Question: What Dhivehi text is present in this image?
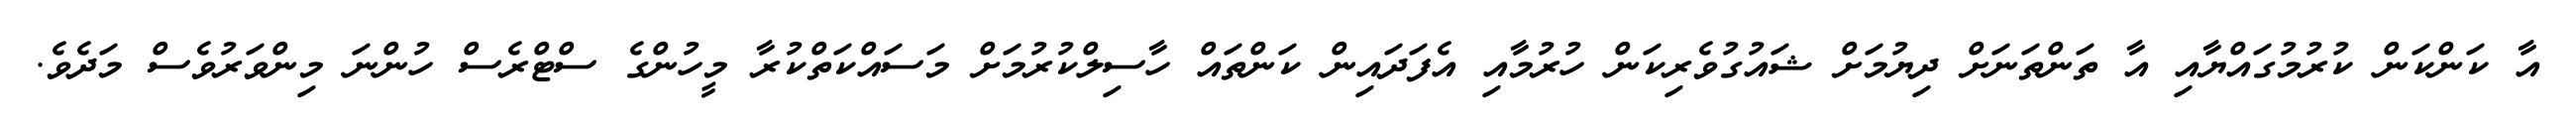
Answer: އާ ކަންކަން ކުރުމުގައްޔާއި އާ ތަންތަނަށް ދިޔުމަށް ޝައުގުވެރިކަން ހުރުމާއި އެފަދައިން ކަންތައް ހާސިލްކުރުމަށް މަސައްކަތްކުރާ މީހުންގެ ސްޓްރެސް ހުންނަ މިންވަރުވެސް މަދެވެ.